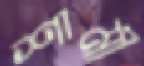
শামী